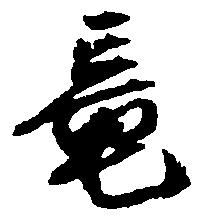
竜